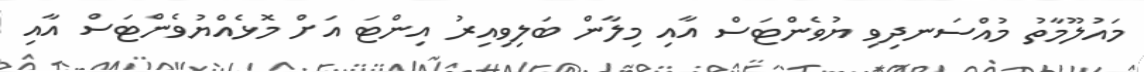
މައުލޫމާތު މުއްސަނދިވި ޔުވެންޓަސް އާއި މިލާން ބަލިވިއިރު އިންޓަ އަށް މޮޅެއްޔުވެންޓަސް އާއި